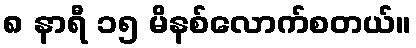
၈ နာရီ ၁၅ မိနစ်လောက်စတယ်။